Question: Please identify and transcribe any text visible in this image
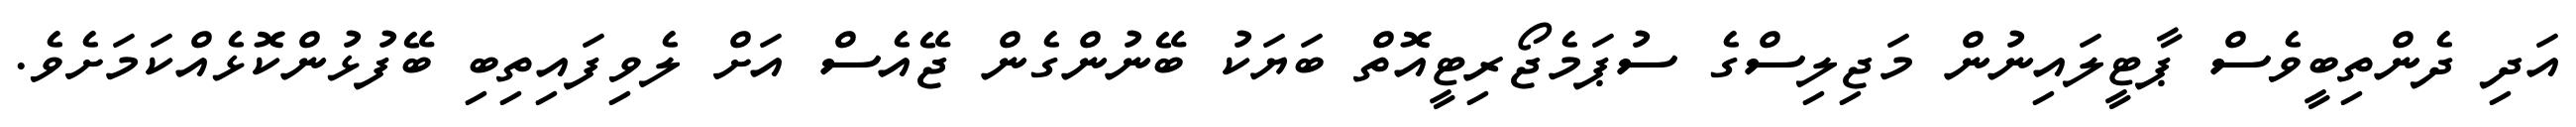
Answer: އަދި ދެންތިބީވެސް ޕާޓީލައިނުން މަޖިލިސްގެ ސުޕަމެޖޯރިޓީއޮތް ބަޔަކު ބޭނުންގެން ޖޭއެސް އަށް ލެވިފައިތިބި ބޭފުޅުންކޮޅެއްކަމަށެވެ.